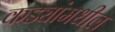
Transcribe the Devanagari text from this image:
कड्यांमधील